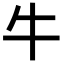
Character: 牛